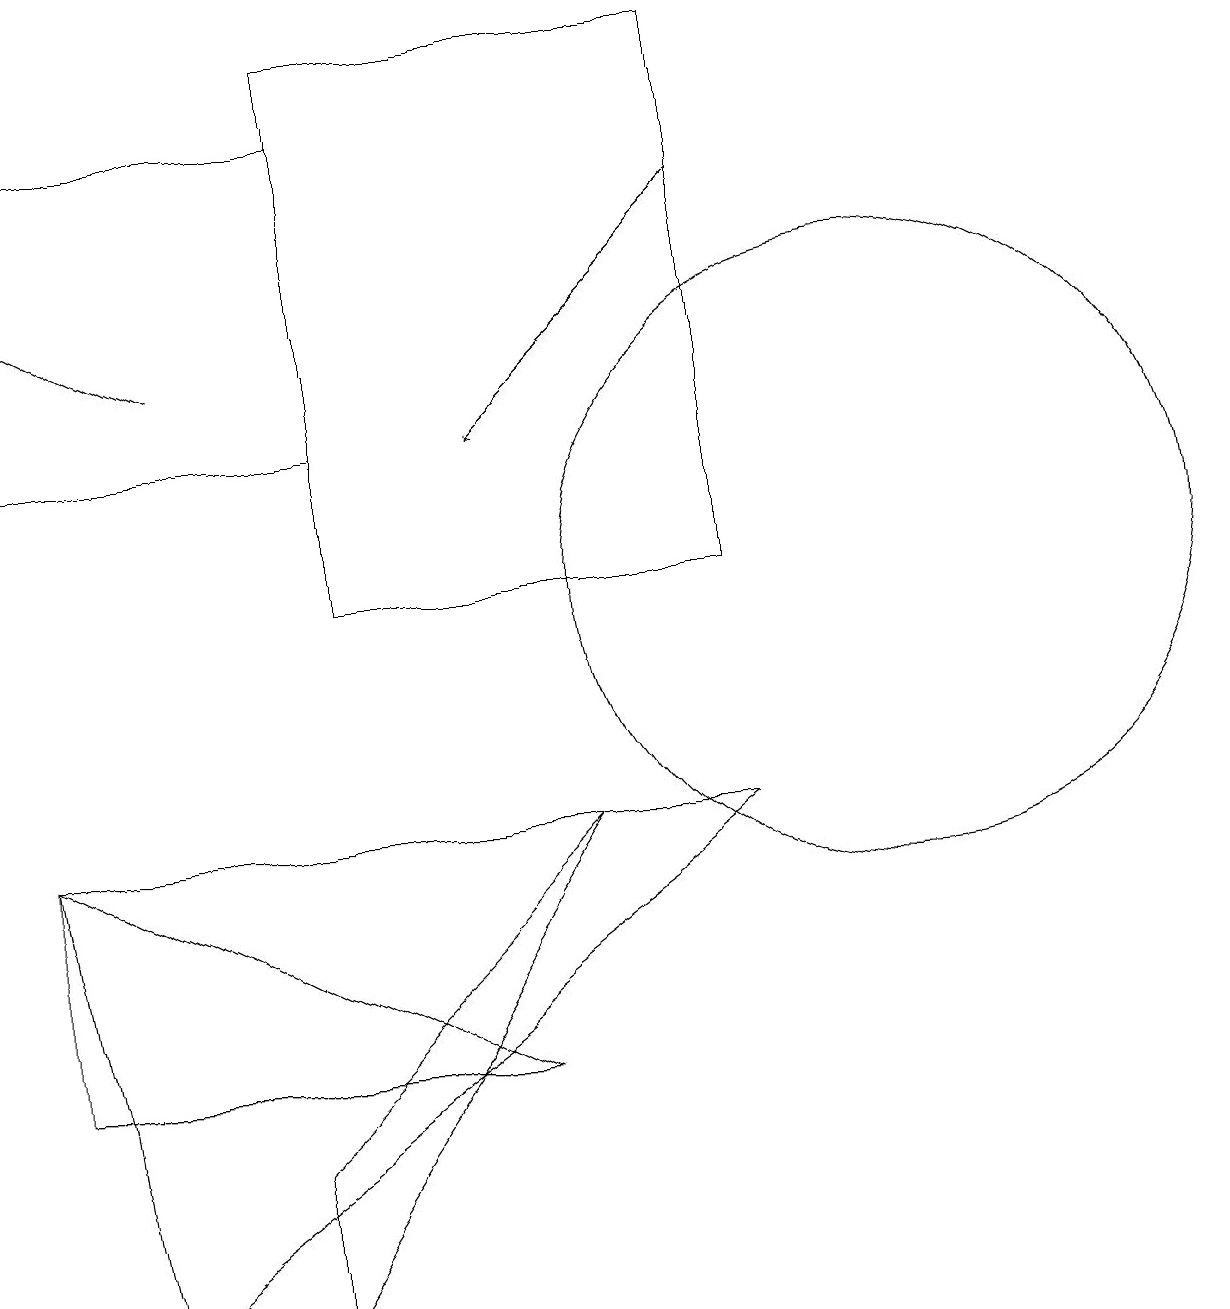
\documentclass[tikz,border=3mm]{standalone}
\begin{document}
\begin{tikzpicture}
\draw (4,16) rectangle (0,12);
\draw[->] (9,15) -- (6,12);
\draw (11,10) circle (4);
\draw[->] (2,13) -- (0,14);
\draw (9,17) rectangle (4,10);
\draw (0,4) -- (6,4) -- (0,7) -- cycle;
\draw (1,1) -- (0,7) -- (9,7) -- cycle;
\draw (3,3) -- (3,1) -- (7,7) -- cycle;
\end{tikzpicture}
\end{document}